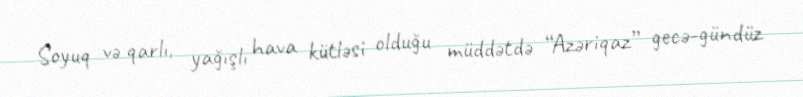
Soyuq və qarlı, yağışlı hava kütləsi olduğu müddətdə “Azəriqaz” gecə-gündüz